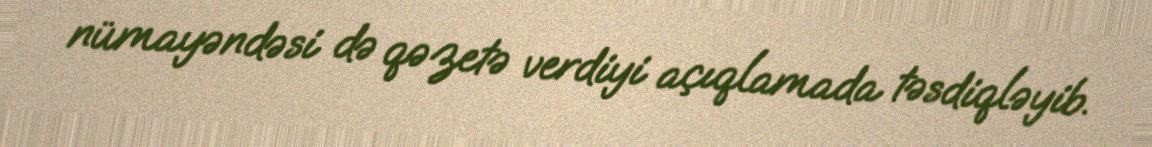
nümayəndəsi də qəzetə verdiyi açıqlamada təsdiqləyib.